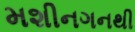
મશીનગનથી